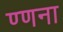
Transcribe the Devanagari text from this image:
ण्णना